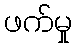
ဖက်မှု